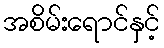
အစိမ်းရောင်နှင့်